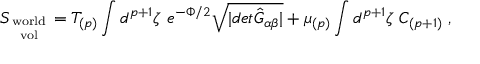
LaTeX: S _ { \mathrm { w o r l d \atop v o l } } = T _ { ( p ) } \int d ^ { p + 1 } \zeta \ e ^ { - \Phi / 2 } \sqrt { \vert d e t { \hat { G } } _ { \alpha \beta } \vert } + \mu _ { ( p ) } \int d ^ { p + 1 } \zeta \ C _ { ( p + 1 ) } \ ,